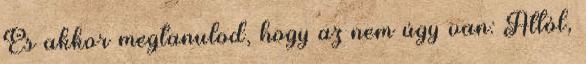
És akkor megtanulod, hogy az nem úgy van: Attól,